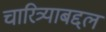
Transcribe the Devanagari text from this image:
चारित्र्याबद्दल